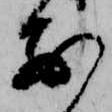
前